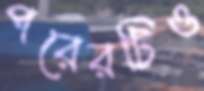
পরেরটিও